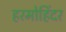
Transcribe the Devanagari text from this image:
हरमोहिंदर